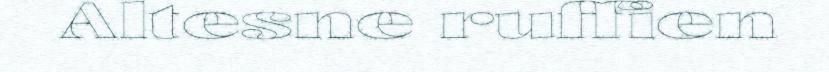
Altesne ruffien